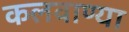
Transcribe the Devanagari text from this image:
कलवाण्या